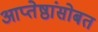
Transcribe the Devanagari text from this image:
आप्तेष्ठांसोबत